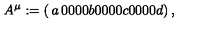
A ^ { \mu } : = \left( \begin{matrix} { a } & { 0 } & { 0 } & { 0 } \\ { 0 } & { b } & { 0 } & { 0 } \\ { 0 } & { 0 } & { c } & { 0 } \\ { 0 } & { 0 } & { 0 } & { d } \\ \end{matrix} \right) ,